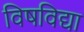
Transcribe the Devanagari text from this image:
विषविद्या